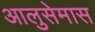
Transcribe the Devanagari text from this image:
आलुसेमास